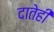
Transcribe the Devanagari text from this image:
दातेही